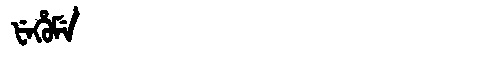
Manchu: ᡶᡝᡥᡠᠮᡝ
Romanization: FEHUME